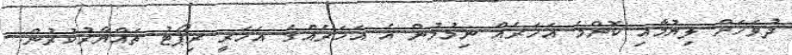
ދުވަހަށް ލިޔުމާއި ކޮންމެ އަހަރެއް ނިމުމުން އެ އަހަރެއްގެ އަހަރީ ރިޕޯޓު ތައްޔާރުކުރުން.